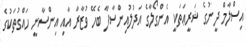
އިސްލާމް ދީނުގެ ޝަރީޢަތަކީ އެންގޯލާގެ އަދުލުއިންސާފާ ބެހޭ ވުޒާރާ އާއި އިންސާނީ ހައްގުތަކުގެ